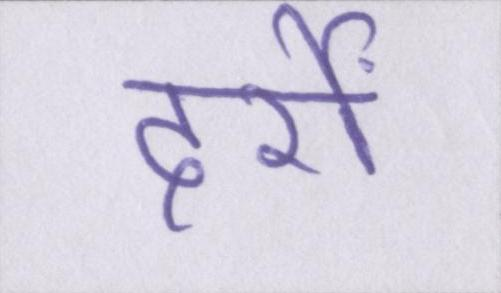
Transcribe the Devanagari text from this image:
दर्रों